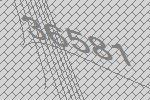
36581